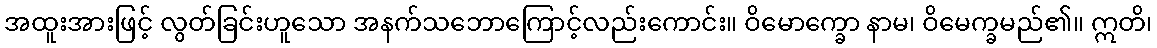
အထူးအားဖြင့် လွတ်ခြင်းဟူသော အနက်သဘောကြောင့်လည်းကောင်း။ ဝိမောက္ခော နာမ၊ ဝိမေက္ခမည်၏။ ဣတိ၊